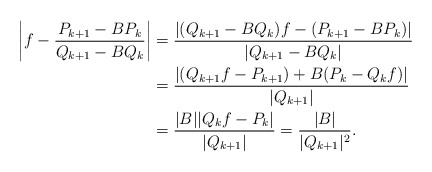
\begin{align*}\left| f - \frac{P_{k+1} - BP_k}{Q_{k+1} - BQ_k} \right| &= \frac{| (Q_{k+1} - BQ_k)f - (P_{k+1} - BP_k)|}{| Q_{k+1} - BQ_k|} \\&=\frac{ | (Q_{k+1} f - P_{k+1}) +B(P_k - Q_kf)|}{ |Q_{k+1}|} \\&= \frac{|B||Q_k f-P_k|}{|Q_{k+1}|} = \frac{|B|}{|Q_{k+1}|^2}.\end{align*}